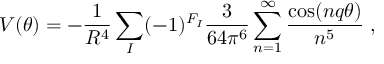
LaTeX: V ( \theta ) = - \frac { 1 } { R ^ { 4 } } \sum _ { I } ( - 1 ) ^ { F _ { I } } \frac { 3 } { 6 4 \pi ^ { 6 } } \sum _ { n = 1 } ^ { \infty } \frac { \cos ( n q \theta ) } { n ^ { 5 } } \; ,